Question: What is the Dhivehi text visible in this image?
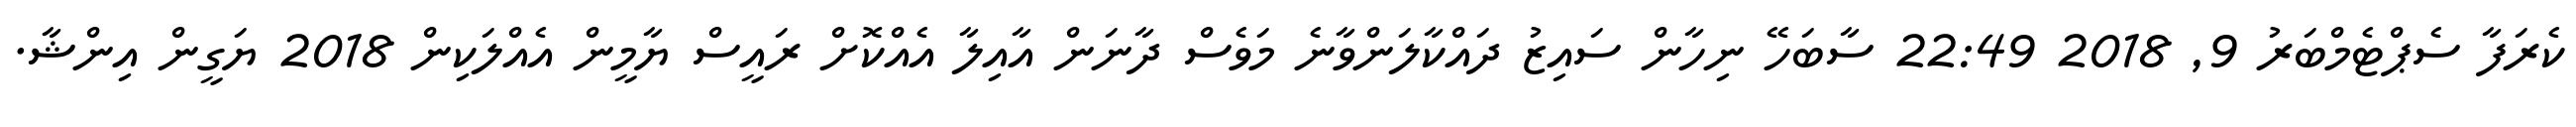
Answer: ކެރަފާ ސެޕްޓެމްބަރު 9, 2018 22:49 ސާބަހޭ ނިހާން ސައިޒު ދައްކާލަންވާނެ މަވެސް ދާނަން އާއިލާ އެއްކޮށް ރައީސް ޔާމީން އެއްލަކިން 2018 ޔަގީން އިންޝާ.